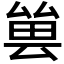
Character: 𠬀